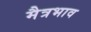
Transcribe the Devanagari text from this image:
मैत्रभाव